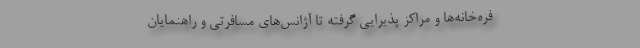
فره‌خانه‌ها و مراکز پذیرایی گرفته تا آژانس‌های مسافرتی و راهنمایان